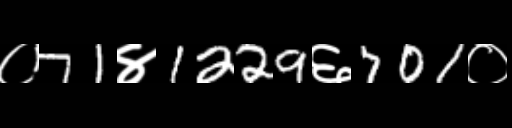
Text: ०71४1229६701०